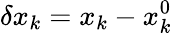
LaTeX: \delta x_{k}=x_{k}-x_{k}^{0}